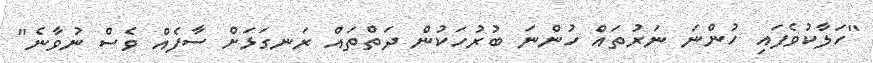
"ހަލާކުވެފައި ހުންނަ ނަރުތައް ހުންނަ ބުރުހަކުން ދަތްތައް ރަނގަޅަށް ސާފެއް ވެސް ނުވާނެ"